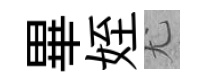
畢姪尤